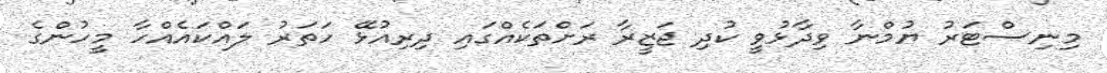
މިނިސްޓަރު ޔުމްނާ ވިދާޅުވީ ކުދި ޖަޒީރާ ރަށްތަކެއްގައި ދިރިއުޅޭ ހަތަރު ލައްކައެއްހާ މީހުންގެ